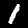
Digit: 1